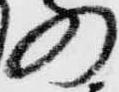
の